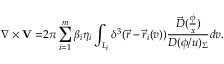
\nabla \times { \bf V = } 2 \pi \sum _ { i = 1 } ^ { m } \beta _ { i } \eta _ { i } \int _ { L _ { i } } \delta ^ { 3 } ( \vec { r } - \vec { r } _ { i } ( v ) ) \frac { \vec { D } ( \frac \phi x ) } { D ( \phi / u ) _ { \Sigma } } d v .